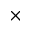
\times